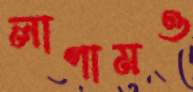
লাগামও